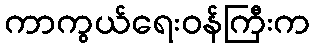
ကာကွယ်ရေးဝန်ကြီးက